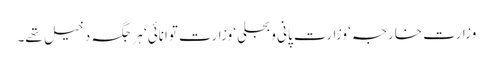
وزارت خارجہ‘ وزارت پانی وبجلی‘ وزارت توانائی‘ ہر جگہ دخیل تھے۔